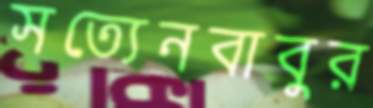
সত্যেনবাবুর